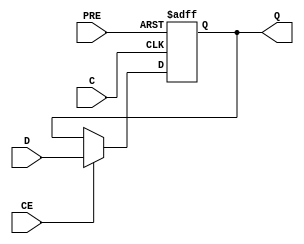
module FDPE #(
  parameter [0:0] INIT = 1'b1,
  parameter [0:0] IS_C_INVERTED = 1'b0,
  parameter [0:0] IS_D_INVERTED = 1'b0,
  parameter [0:0] IS_PRE_INVERTED = 1'b0
)(
  output Q,

  input C,
  input CE,
  input D,
  input PRE
);

`ifdef FPGA_TARGET
    reg [0:0] IS_C_INVERTED_REG = IS_C_INVERTED;
    reg [0:0] IS_D_INVERTED_REG = IS_D_INVERTED;
    reg [0:0] IS_PRE_INVERTED_REG = IS_PRE_INVERTED;

    tri0 glblGSR = glbl.GSR;


    wire PRE_in;

    assign PRE_in = (PRE ^ IS_PRE_INVERTED_REG) && (PRE !== 1'bz);

// begin behavioral model

  reg Q_out;

  assign #100 Q = Q_out;

    always @(glblGSR or PRE_in)
      if (glblGSR) 
        assign Q_out = INIT;
      else if (PRE_in === 1'b1) 
        assign Q_out = 1'b1;
      else if (PRE_in === 1'bx) 
        assign Q_out = 1'bx;
      else
        deassign Q_out;

generate
if (IS_C_INVERTED == 1'b0) begin : generate_block1
  always @(posedge C or posedge PRE_in)
    if (PRE_in || (PRE === 1'bx && Q_out == 1'b1))
      Q_out <= 1'b1;
    else if (CE || (CE === 1'bz) || ((CE === 1'bx) && (Q_out == (D ^ IS_D_INVERTED_REG))))
      Q_out <= D ^ IS_D_INVERTED_REG;
end else begin : generate_block1
  always @(negedge C or posedge PRE_in)
    if (PRE_in || (PRE === 1'bx && Q_out == 1'b1))
      Q_out <= 1'b1;
    else if (CE || (CE === 1'bz) || ((CE === 1'bx) && (Q_out == (D ^ IS_D_INVERTED_REG))))
      Q_out <= D ^ IS_D_INVERTED_REG;
end
endgenerate

`else
    reg state;
initial begin
    state = INIT;
end

always @(posedge C or posedge PRE) begin
    if (PRE)
        state <= 1'b1;
    else if (CE)
        state <= D;
    else
        state <= state;
end

assign Q = state;

`endif

endmodule